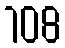
108